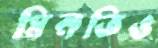
মিনতিও